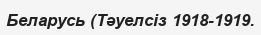
Беларусь (Тәуелсіз 1918-1919.